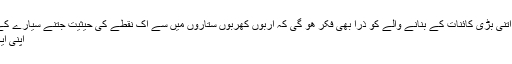
،مثال کے طور پہ کیا اتنی بڑی کائنات کے بنانے والے کو ذرا بھی فکر ھو گی کہ اربوں کھربوں ستاروں‌ میں سے اک نقطے کی حیثیت جتنے سیارے کے چھوٹے سے شہر…
اپنی ایک لا علمی کا اعتراف!